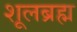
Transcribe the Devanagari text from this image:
शूलब्रह्म